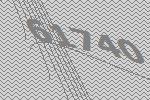
61740